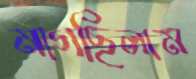
মাগছিলাম